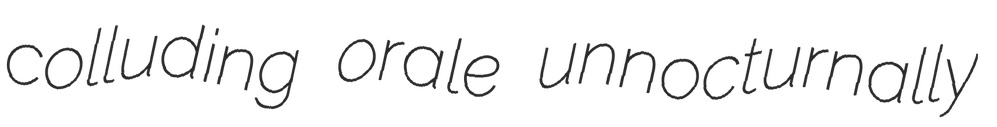
colluding orale unnocturnally